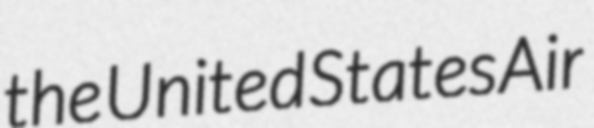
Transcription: the United States Air